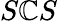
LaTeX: S\mathbb{C}S